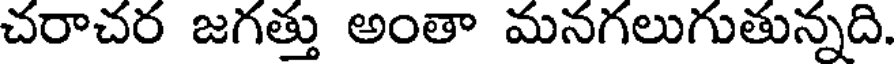
చరాచర జగత్తు అంతా మనగలుగుతున్నది.